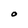
Character: O